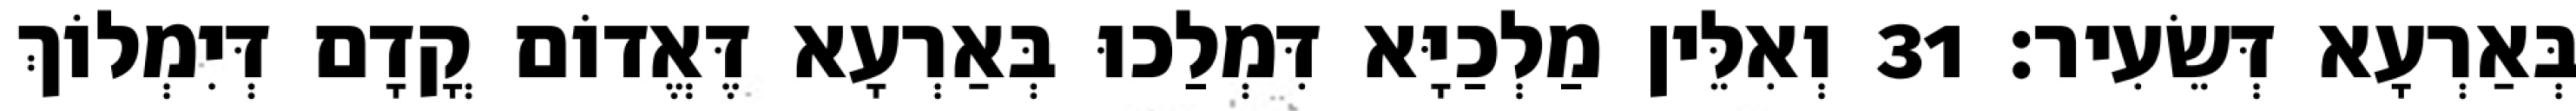
בְּאַרְעָא דְּשֵׂעִיר׃ 31 וְאִלֵּין מַלְכַיָּא דִּמְלַכוּ בְּאַרְעָא דֶּאֱדוֹם קֳדָם דְּיִמְלוֹךְ